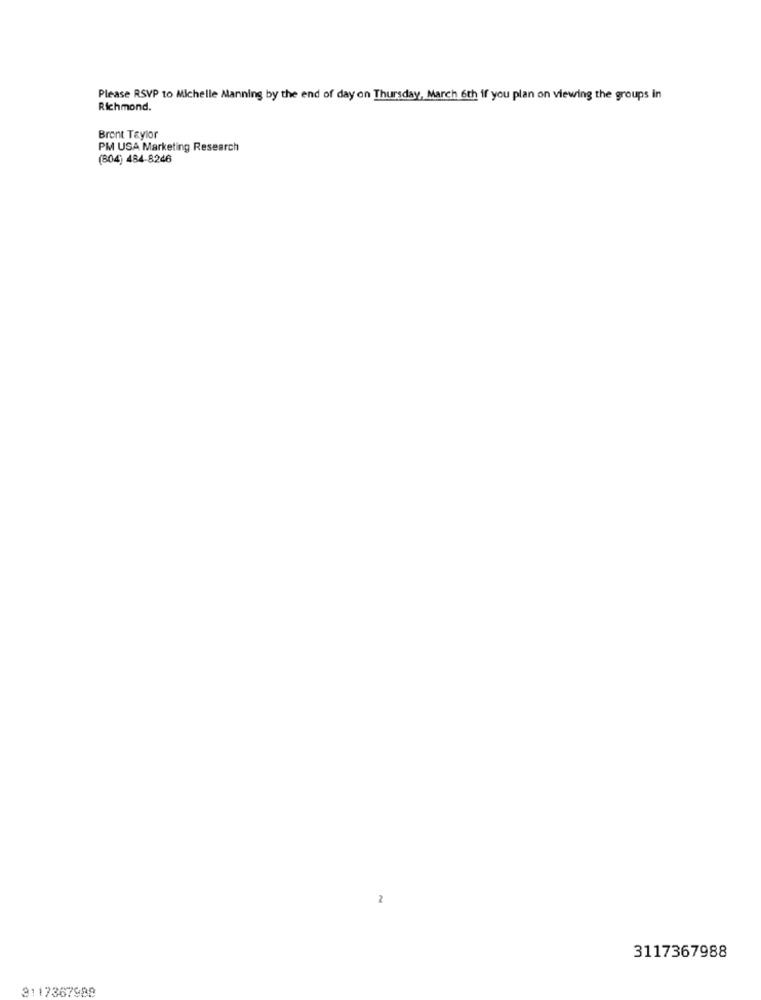
Please RSVP to Michelle Manning by the end of day on Thursday, March 6th if you plan on viewing the groups in
Richmond.
Bront Taylor
PM USA Marketing Research
(804) 484-8246
2
3117367988
3117367988